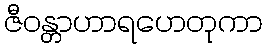
ဇီဝန္တာဟာရဟေတုကာ